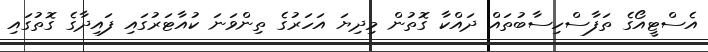
އެސްޓީއޯގެ ތަފާސްހިސާބުތައް ދައްކާ ގޮތުން މިދިޔަ އަހަރުގެ ތިންވަނަ ކުއާޓަރުގައި ފައިދާގެ ގޮތުގައި